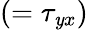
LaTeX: (=\tau_{\mathit{y}x})